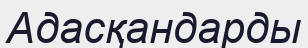
Адасқандарды